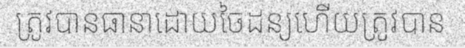
ត្រូវបានធានាដោយចៃដន្យហើយត្រូវបាន